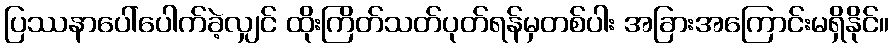
ပြဿနာပေါ်ပေါက်ခဲ့လျှင် ထိုးကြိတ်သတ်ပုတ်ရန်မှတစ်ပါး အခြားအကြောင်းမရှိနိုင်။